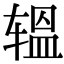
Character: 辒